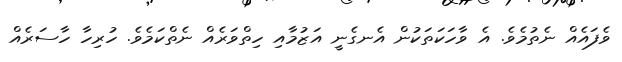
ވެފައެއް ނެތުމެވެ. އެ ވާހަކަތަކުން އެނގެނީ އަޒުމާއި ހިތްވަރެއް ނެތްކަމެވެ. ހުރިހާ ހާސަރެއް